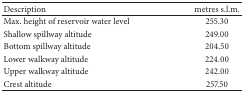
<table><thead><tr><td><b>Description</b></td><td><b>metres s.l.m.</b></td></tr></thead><tbody><tr><td>Max. height of reservoir water level</td><td>255.30</td></tr><tr><td>Shallow spillway altitude </td><td>249.00</td></tr><tr><td>Bottom spillway altitude</td><td>204.50</td></tr><tr><td>Lower walkway altitude</td><td>224.00</td></tr><tr><td>Upper walkway altitude</td><td>242.00</td></tr><tr><td>Crest altitude</td><td>257.50</td></tr></tbody></table>